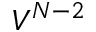
V ^ { N - 2 }